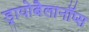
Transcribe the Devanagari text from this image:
ड्रायोबैलानॉप्स